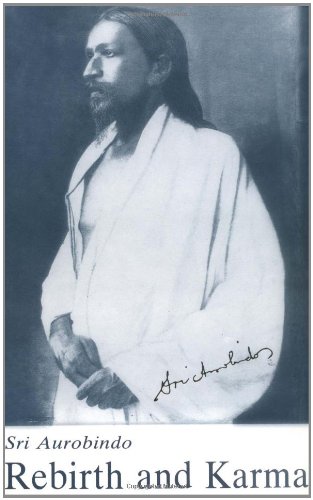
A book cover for Rebirth and Karma; Sri Aurobindo; Religion & Spirituality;